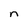
Character: n